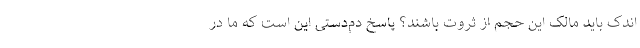
اندک باید مالک این حجم از ثروت باشند؟ پاسخ دم‌دستی این است که ما در